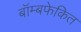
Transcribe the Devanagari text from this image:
बॉम्बफेकित